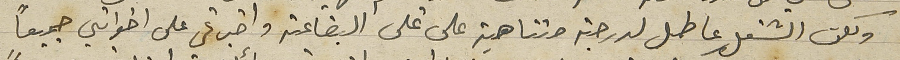
ولكن الشغل عاطل لدرجة متناهية على غلى البضاعة واخبرني على اخواتي جميعاً